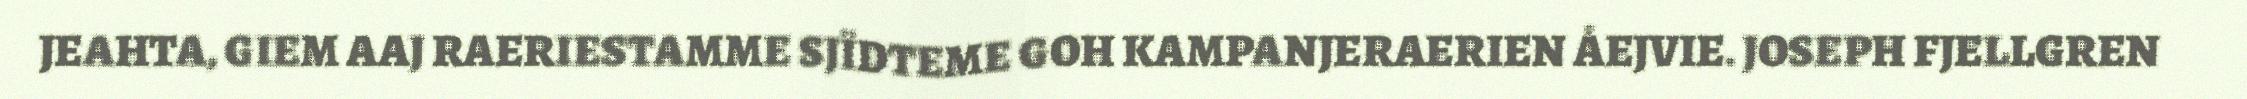
JEAHTA, GIEM AAJ RAERIESTAMME SJÏDTEME GOH KAMPANJERAERIEN ÅEJVIE. JOSEPH FJELLGREN